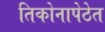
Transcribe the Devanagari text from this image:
तिकोनापेठेत